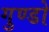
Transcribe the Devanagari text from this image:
गुण्डो